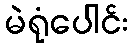
မဲရုံပေါင်း